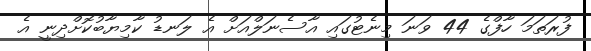
ފުރަތަމަ ހާފްގެ 44 ވަނަ މިނެޓުގައި އާސެނަލްއަށް އެ ލަނޑު ކާމިޔާބުކޮށްދިނީ އެ